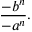
{ \frac { - b ^ { n } } { - a ^ { n } } } .